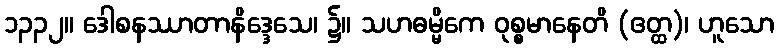
၁၃၃၂။ ဒေါစနဿာတာနိဒ္ဒေသေ၊ ၌။ သဟဓမ္မိကေ ဝုစ္စမာနေတိ (ဧတ္ထ)၊ ဟူသော